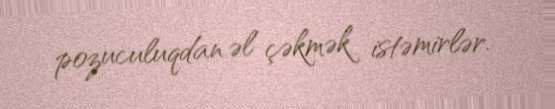
pozuculuqdan əl çəkmək istəmirlər.